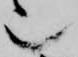
也